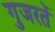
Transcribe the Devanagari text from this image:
गुजरतें